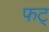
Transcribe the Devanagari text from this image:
फट्